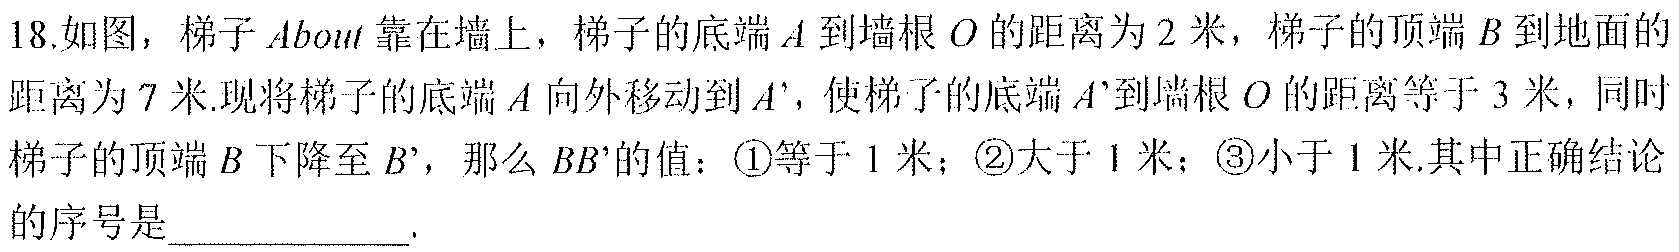
18.如图，梯子\(AB\)靠在墙上，梯子的底端\(A\)到墙根\(O\)的距离为\(2\)米，梯子的顶端\(B\)到地面的距离为\(7\)米.现将梯子的底端\(A\)向外移动到\(A'\)，使梯子的底端\(A'\)到墙根\(O\)的距离等于\(3\)米，同时梯子的顶端\(B\)下降至\(B'\)，那么\(BB'\)的值：\textcircled{1}等于\(1\)米；\textcircled{2}大于\(1\)米；\textcircled{3}小于\(1\)米.其中正确结论的序号是____________.